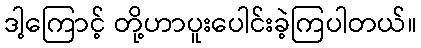
ဒါ့ကြောင့် တို့ဟာပူးပေါင်းခဲ့ကြပါတယ်။